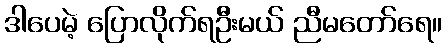
ဒါပေမဲ့ ပြောလိုက်ရဦးမယ် ညီမတော်ရေ။